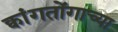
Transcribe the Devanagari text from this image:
क्वांगतोंगाच्या